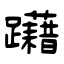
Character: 躤